Report on vaccination in Madras 1922-1929 - 1922-1929
Year: 1922
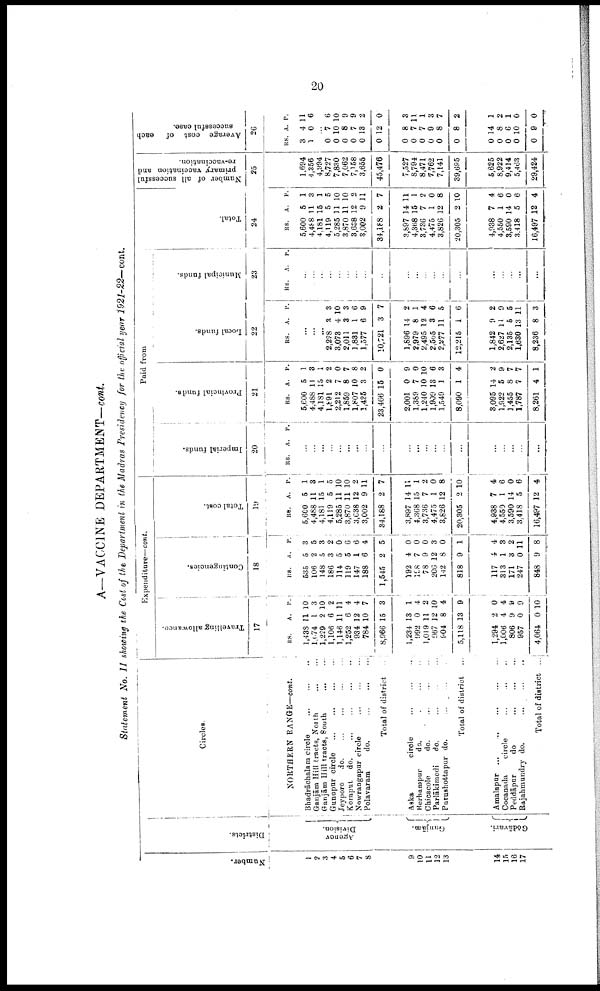
20
A—VACCINE DEPARTMENT—cont.
Statement No. II showing the Cost of the Department in the Madras Presidency for the official year 1921-22— cont.
Number.
1
2
3
4
5
6
7
8
9
10
11
12
13
14
15
l6
17
Districts.
Agency
Division.
Gunjām.
Gōdāvari.
Circles.
NORTHERN RANGE—cont.
Bhadrāchalam
circle...
...
Ganjām Hill tracts, North
Ganjām Hill tracts, South... ... ... ...
Gunupur circle... ... ... ...
Jeypore
d
o
. ... ... ... ...
Korapui do. ... ... ...
Nowrangapur circle ...
Polavaram
do.
...
...
...
...
Total of district..
Aska
circle... ... ... ...
Berhampur
do. ... ...
Chicacole
do.
...
...
...
Parlākimedi
do. ... ... ...
Purushottapur do.
...
...
Total of district... ...
Amalapur... ... ... ...
Cocanada circle... ... ...
Peddāpur
do
...
...
...
...
Rajahmundry do.
...
...
...
Total of district ...
Expenditure—cont.
Travelling allowance.
17
RS.
1,438
1.(74
1,229
1,106
1,146
1,252
934
784
8,966
1,234
992
1,019
967
904
5,118
1,294
1,006
806
957
4,064
A.
11
1
2
6
11
6
12
10
15
13
0
11
12
8
13
2
4
9
0
0
P.
10
3
10
2
11
4
4
7
3
1
4
2
10
4
9
0
4
9
9
10
Contingencies.
18
RS.
535
106
148
186
114
119
147
188
1,545
192
198
78
206
142
818
117
313
171
247
848
A.
5
2
5
3
5
5
1
6
2
4
7
9
12
8
9
4
1
3
0
9
P.
3
5
3
2
0
6
6
4
5
0
0
0
3
0
1
4
3
2
11
8
Total cost.
19
RS.
5,600
4,488
4,181
4,119
5,285
3,870
3,638
3,002
34,188
3,897
4,368
3,736
4,475
3,826
20,305
4,938
4,550
3,590
3,418
16,497
A.
5
11
15
5
11
11
12
9
2
14
15
7
1
12
2
7
1
14
5
12
P.
1
3
1
0
10
10
2
11
7
11
1
2
0
8
10
4
6
0
6
4
Paid from
Imperial funds.
20
RS. A. P.
...
...
...
...
...
...
...
...
...
...
...
...
...
...
...
...
...
...
...
Provincial funds.
21
RS.
5,600
4,488
4,181
l,89l
2,212
1,859
1,807
1,425
23,466
2,001
1,389
1,240
1,909
1,549
8,090
3,095
1,922
1,455
1,787
8,261
A.
5
11
15
2
7
8
10
3
15
0
7
10
13
1
1
14
5
8
7
4
S.
1
3
1
2
0
7
8
2
0
9
0
10
6
3
4
2
9
7
7
1
Local funds.
22
RS. A. P.
...
...
...
2,298
3,073
2,011
1,831
1,577
10,721
1,896
2,979
2,495
2,565
2,277
12,215
1,842
2,627
2,135
1,630
8,236
3
4
3
1
6
3
14
8
12
3
11
1
9
11
5
13
8
3
10
3
6
9
7
2
1
4
6
5
6
2
9
5
11
3
Municipal funds.
23
RS. A. P.
...
...
...
...
...
...
...
...
...
...
...
...
...
...
...
...
...
...
...
...
Total.
24
RS.
5,600
4,488
4,181
4,119
5,285
3,870
3,628
3,002
34,l88
3,897
4,368
3,736
4,475
3,826
20,305
4,938
4,550
3,590
3,418
16,497
A.
5
11
15
5
11
11
12
9
2
14
15
7
1
12
2
7
1
14
5
12
P.
1
3
1
5
10
10
2
11
7
11
1
2
0
8
10
4
6
0
6
4
Number of all successful
primary vaccination and
re-vaccination.
25
1,694
4,356
4,994
8,727
7,830
7,062
7,158
3,655
45,476
7,527
8,794
8,471
7,762
7,141
39,695
5,625
8,922
9,414
5,463
29,424
Average cost of
each
successful case.
26
RS
3
1
A.
4
0
P.
11
6
...
0
0
0
0
0
0
0
0
0
0
0
0
0
0
0
0
0
7
10
8
7
13
12
8
7
7
9
8
8
14
8
6
10
9
6
10
9
9
2
0
3
11
1
3
7
2
1
2
1
0
0